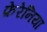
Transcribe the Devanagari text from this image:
फ़ेरेनिया